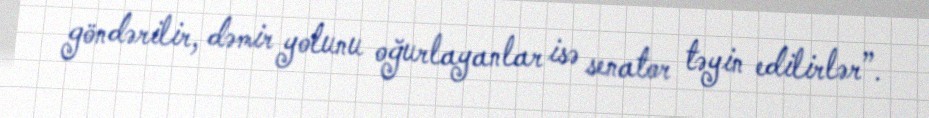
göndərilir, dəmir yolunu oğurlayanlar isə senator təyin edilirlər”.